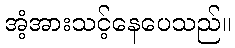
အံ့အားသင့်နေပေသည်။